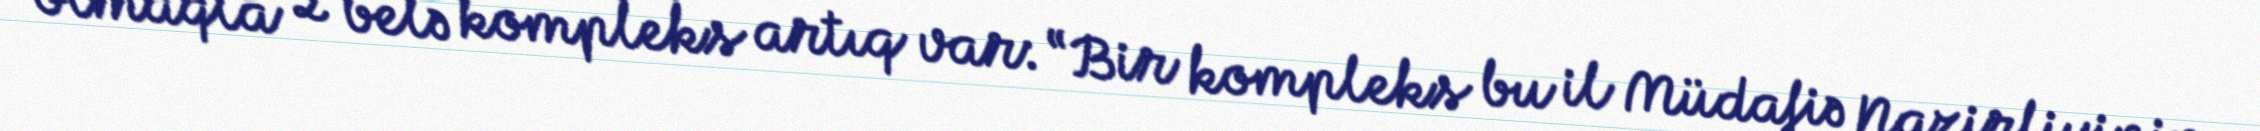
olmaqla 2 belə kompleks artıq var: “Bir kompleks bu il Müdafiə Nazirliyinin